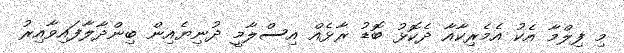
މި ފިލްމާ އެކު އެމެރިކާއާ ދެކޮޅު ބޮޑު ރާޅެއް އިސްލާމީ ދުނިޔެއިން ބިންދާލާފައިވާއިރު